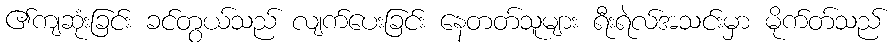
၏ကျဆုံးခြင်း ခင်တွယ်သည် လျက်ပေးခြင်း နေတတ်သူများ ရီးရဲလ်အသင်းမှာ မိုက်တ်သည်